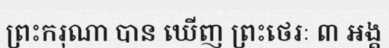
ព្រះករុណា បាន ឃើញ ព្រះថេរៈ ៣ អង្គ